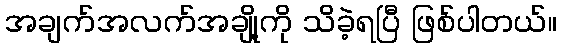
အချက်အလက်အချို့ကို သိခဲ့ရပြီ ဖြစ်ပါတယ်။